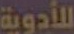
للأدوية